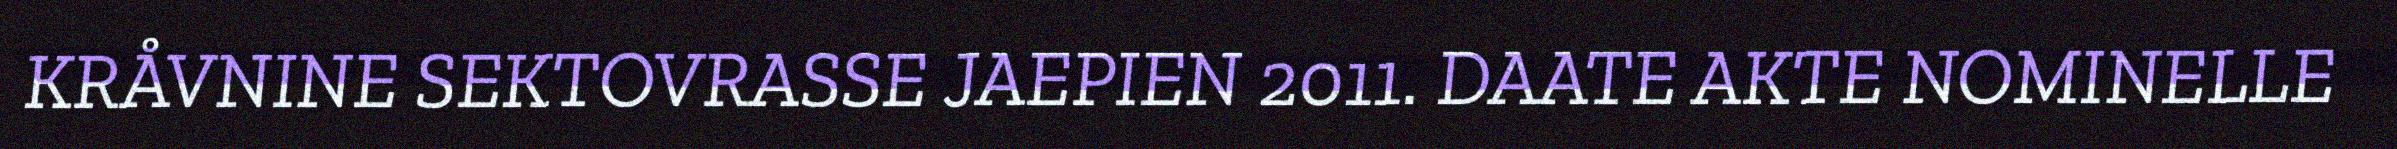
KRÅVNINE SEKTOVRASSE JAEPIEN 2011. DAATE AKTE NOMINELLE